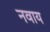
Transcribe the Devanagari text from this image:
नवाय